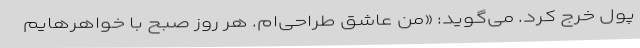
پول خرج کرد. می‌گوید: «من عاشق طراحی‌ام. هر روز صبح با خواهرهایم